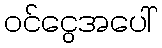
ဝင်ငွေအပေါ်